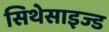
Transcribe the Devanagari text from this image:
सिथेसाइज्ड